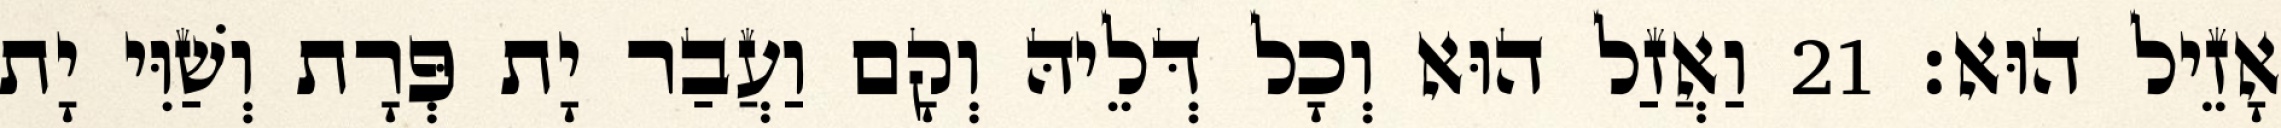
אָזֵיל הוּא׃ 21 וַאֲזַל הוּא וְכָל דְּלֵיהּ וְקָם וַעֲבַר יָת פְּרָת וְשַׁוִּי יָת